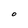
Character: O